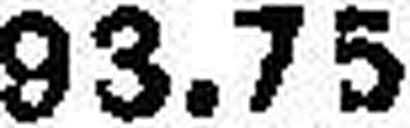
93.75